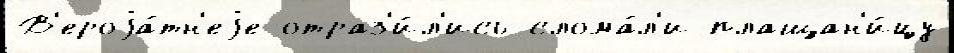
В'ероjа́тн'еjе отраз'и́л'ись слома́л'и плащан'и́цу